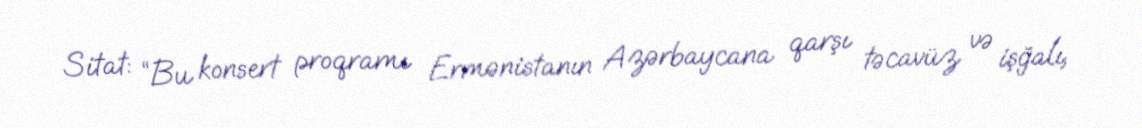
Sitat: “Bu konsert proqramı Ermənistanın Azərbaycana qarşı təcavüz və işğalı,